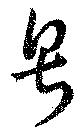
号